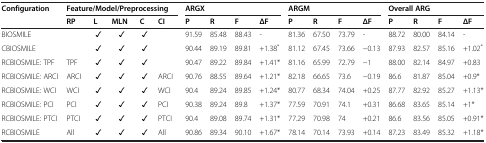
| Configuration | <COLSPAN=5> Feature/Model/Preprocessing | <COLSPAN=4> ARGX | <COLSPAN=4> ARGM | <COLSPAN=4> Overall ARG |
 |  | RP | L | MLN | C | CI | P | R | F | ΔF | P | R | F | ΔF | P | R | F | ΔF |
 | --- | --- | --- | --- | --- | --- | --- | --- | --- | --- | --- | --- | --- | --- | --- | --- | --- | --- |
 | BIOSMILE |  | ✓ | ✓ | ✓ |  | 91.59 | 85.48 | 88.43 | - | 81.36 | 67.50 | 73.79 | - | 88.72 | 80.00 | 84.14 | - |
 | CBIOSMILE |  | ✓ | ✓ | ✓ |  | 90.44 | 89.19 | 89.81 | +1.38* | 81.12 | 67.45 | 73.66 | −0.13 | 87.93 | 82.57 | 85.16 | +1.02* |
 | RCBIOSMILE: TPF | TPF | ✓ | ✓ | ✓ |  | 90.47 | 89.22 | 89.84 | +1.41* | 81.16 | 65.99 | 72.79 | −1 | 88.00 | 82.14 | 84.97 | +0.83 |
 | RCBIOSMILE: ARCI | ARCI | ✓ | ✓ | ✓ | ARCI | 90.76 | 88.55 | 89.64 | +1.21* | 82.18 | 66.65 | 73.6 | −0.19 | 86.6 | 81.87 | 85.04 | +0.9* |
 | RCBIOSMILE: WCI | WCI | ✓ | ✓ | ✓ | WCI | 90.4 | 89.24 | 89.85 | +1.24* | 80.77 | 68.34 | 74.04 | +0.25 | 87.77 | 82.92 | 85.27 | +1.13* |
 | RCBIOSMILE: PCI | PCI | ✓ | ✓ | ✓ | PCI | 90.38 | 89.24 | 89.8 | +1.37* | 77.59 | 70.91 | 74.1 | +0.31 | 86.68 | 83.65 | 85.14 | +1* |
 | RCBIOSMILE: PTCI | PTCI | ✓ | ✓ | ✓ | PTCI | 90.4 | 89.08 | 89.74 | +1.31* | 77.29 | 70.98 | 74 | +0.21 | 86.6 | 83.56 | 85.05 | +0.91* |
 | RCBIOSMILE | All | ✓ | ✓ | ✓ | All | 90.86 | 89.34 | 90.10 | +1.67* | 78.14 | 70.14 | 73.93 | +0.14 | 87.23 | 83.49 | 85.32 | +1.18* |